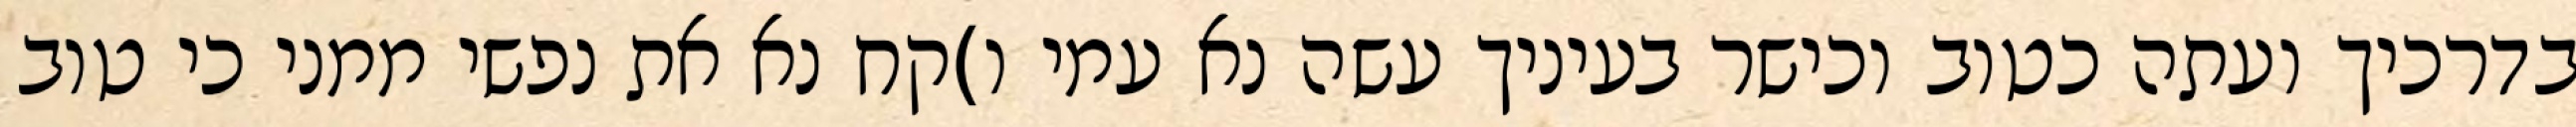
בדרכיך ועתה כטוב וכישר בעיניך עשה נא עמי ו)קח נא את נפשי ממני כי טוב